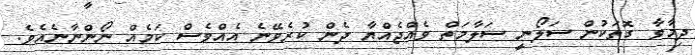
ދިމާވާ ގޮތަކުން ސަލޯނީ ސަލާމަތް ވެއްޖެއްޔާ ދެން ކުރެވޭނެ އެއްވެސް ކަމެއް ނޯންނާނެއެވެ.